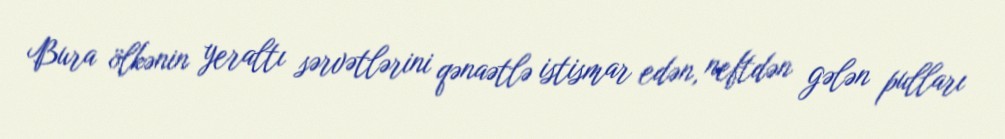
Bura ölkənin yeraltı sərvətlərini qənaətlə istismar edən, neftdən gələn pulları